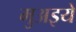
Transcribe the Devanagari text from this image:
मुअइयें